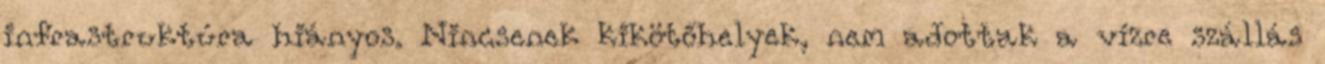
infrastruktúra hiányos. Nincsenek kikötőhelyek, nem adottak a vízre szállás